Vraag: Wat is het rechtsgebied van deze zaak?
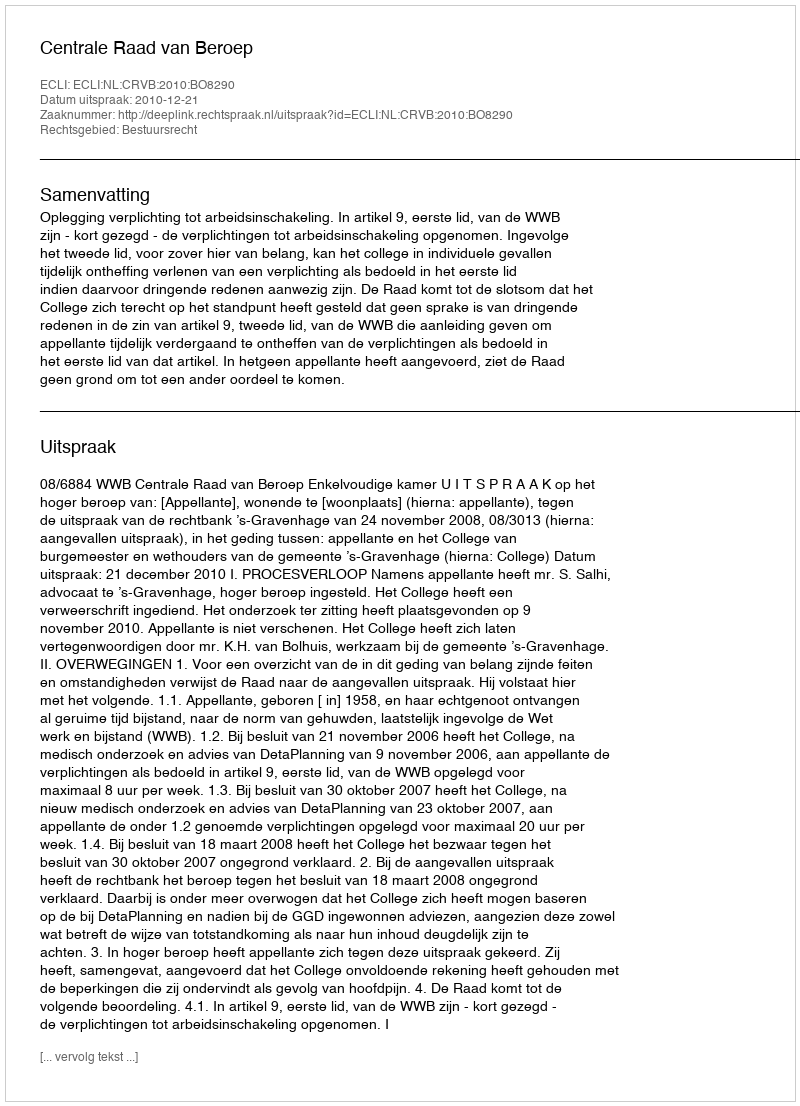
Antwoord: Bestuursrecht